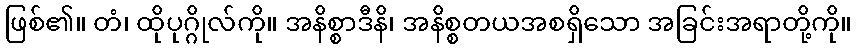
ဖြစ်၏။ တံ၊ ထိုပုဂ္ဂိုလ်ကို။ အနိစ္စာဒီနိ၊ အနိစ္စတယအစရှိသော အခြင်းအရာတို့ကို။